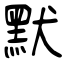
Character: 默